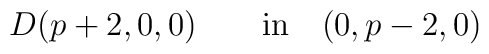
D(p+2, 0,0)\qquad\hbox{in}\quad(0,p-2,0)